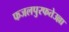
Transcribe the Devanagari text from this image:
फजलपुरफतेउल्ला